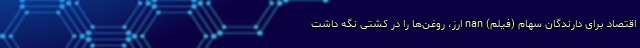
اقتصاد برای دارندگان سهام (فیلم) nan ارز، روغن‌ها را در کشتی نگه داشت